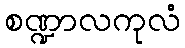
စဏ္ဍာလကုလံ